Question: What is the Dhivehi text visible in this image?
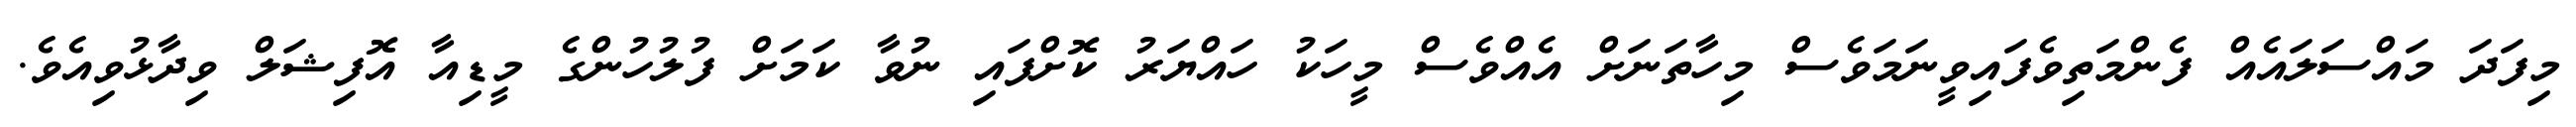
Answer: މިފަދަ މައްސަލައެއް ފެންމަތިވެފައިވީނަމަވެސް މިހާތަނަށް އެއްވެސް މީހަކު ހައްޔަރު ކޮށްފައި ނުވާ ކަމަށް ފުލުހުންގެ މީޑިއާ އޮފިޝަލް ވިދާޅުވިއެވެ.